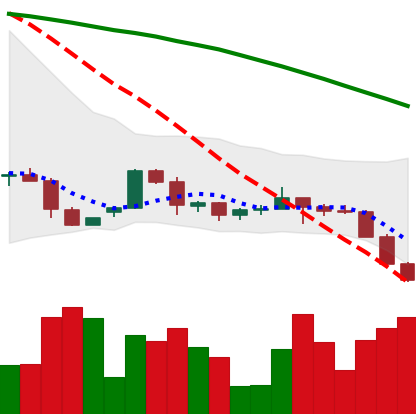
Ticker: ETH-USD
Chart end date: 2022-06-12
Forward return: -24.82%
Label: down_7plus